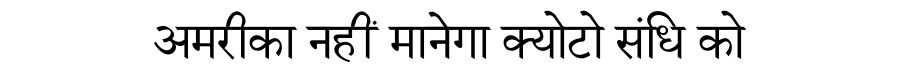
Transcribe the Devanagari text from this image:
अमरीका नहीं मानेगा क्योटो संधि को